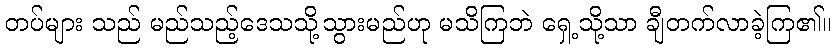
တပ်များ သည် မည်သည့်ဒေသသို့သွားမည်ဟု မသိကြဘဲ ရှေ့သို့သာ ချီတက်လာခဲ့ကြ၏။